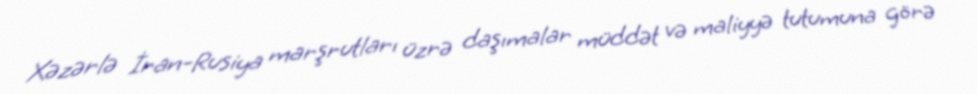
Xəzərlə İran-Rusiya marşrutları üzrə daşımalar müddət və maliyyə tutumuna görə